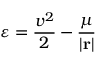
\varepsilon = { \frac { v ^ { 2 } } { 2 } } - { \frac { \mu } { \left| \mathbf { r } \right| } }